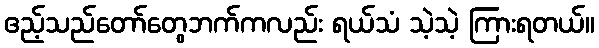
ဧည့်သည်တော်တွေဘက်ကလည်း ရယ်သံ သဲ့သဲ့ ကြားရတယ်။